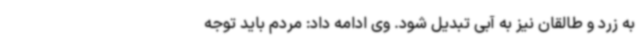
به زرد و طالقان نیز به آبی تبدیل شود. وی ادامه داد: مردم باید توجه